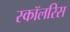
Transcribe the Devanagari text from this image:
स्कॉलरिस